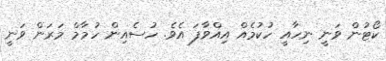
ކޯޓުން ވަނީ ނިހާއީ ހުކުމެއް އިއްވާފަ އެވެ. ހުސެއިން ހުމާމް މަރަން ވަނީ